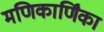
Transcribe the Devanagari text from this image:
मणिकार्णिंका